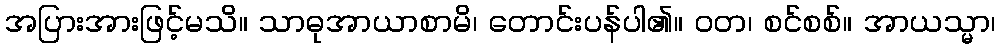
အပြားအားဖြင့်မသိ။ သာဓုအာယာစာမိ၊ တောင်းပန်ပါ၏။ ဝတ၊ စင်စစ်။ အာယသ္မာ၊